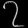
Digit: ၇